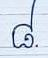
៨.